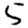
Digit: 5